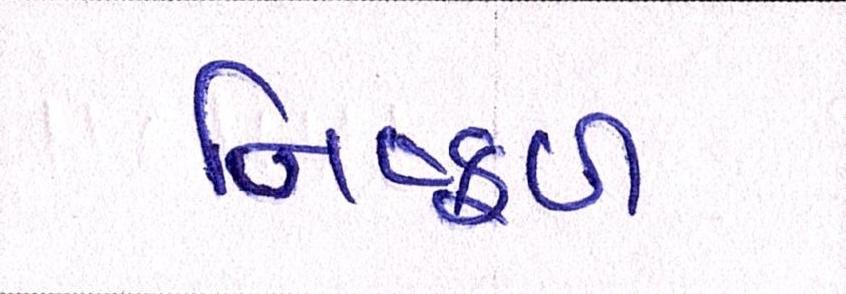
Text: નિષ્ફળ